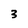
Character: 3